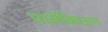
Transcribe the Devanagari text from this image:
पालेंक्विअम